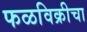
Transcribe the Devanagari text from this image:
फळविक्रीचा